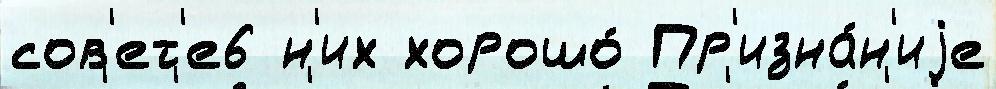
сов'ет'е6 н'их хорошо́ Пр'изна́н'иjе